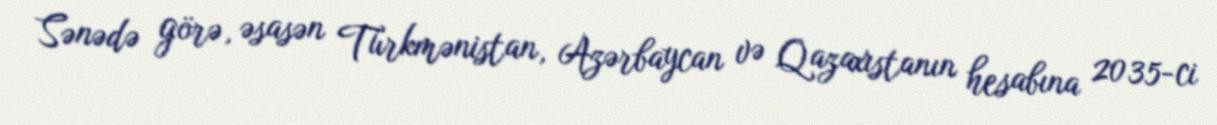
Sənədə görə, əsasən Türkmənistan, Azərbaycan və Qazaxıstanın hesabına 2035-ci